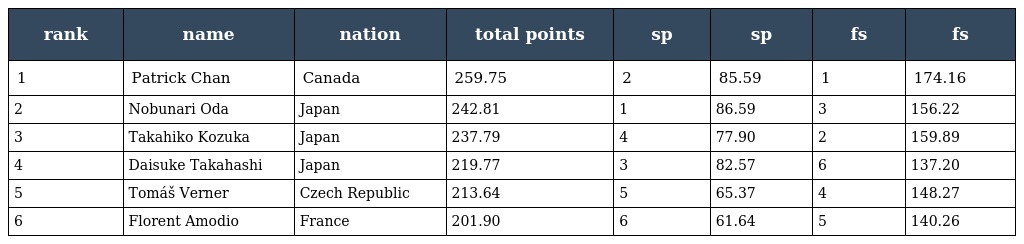
| rank | name | nation | total points | sp | sp | fs | fs |
 | --- | --- | --- | --- | --- | --- | --- | --- |
 | 1 | Patrick Chan | Canada | 259.75 | 2 | 85.59 | 1 | 174.16 |
 | 2 | Nobunari Oda | Japan | 242.81 | 1 | 86.59 | 3 | 156.22 |
 | 3 | Takahiko Kozuka | Japan | 237.79 | 4 | 77.90 | 2 | 159.89 |
 | 4 | Daisuke Takahashi | Japan | 219.77 | 3 | 82.57 | 6 | 137.20 |
 | 5 | Tomáš Verner | Czech Republic | 213.64 | 5 | 65.37 | 4 | 148.27 |
 | 6 | Florent Amodio | France | 201.90 | 6 | 61.64 | 5 | 140.26 |